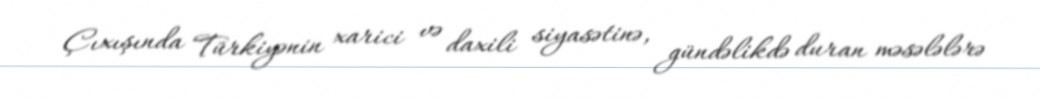
Çıxışında Türkiyənin xarici və daxili siyasətinə, gündəlikdə duran məsələlərə